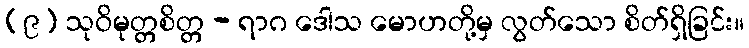
(၉) သုဝိမုတ္တစိတ္တ - ရာဂ ဒေါသ မောဟတို့မှ လွတ်သော စိတ်ရှိခြင်း။